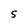
Character: 5